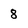
Character: 8